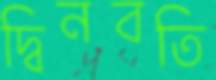
দ্বিনবতি